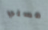
مسلي